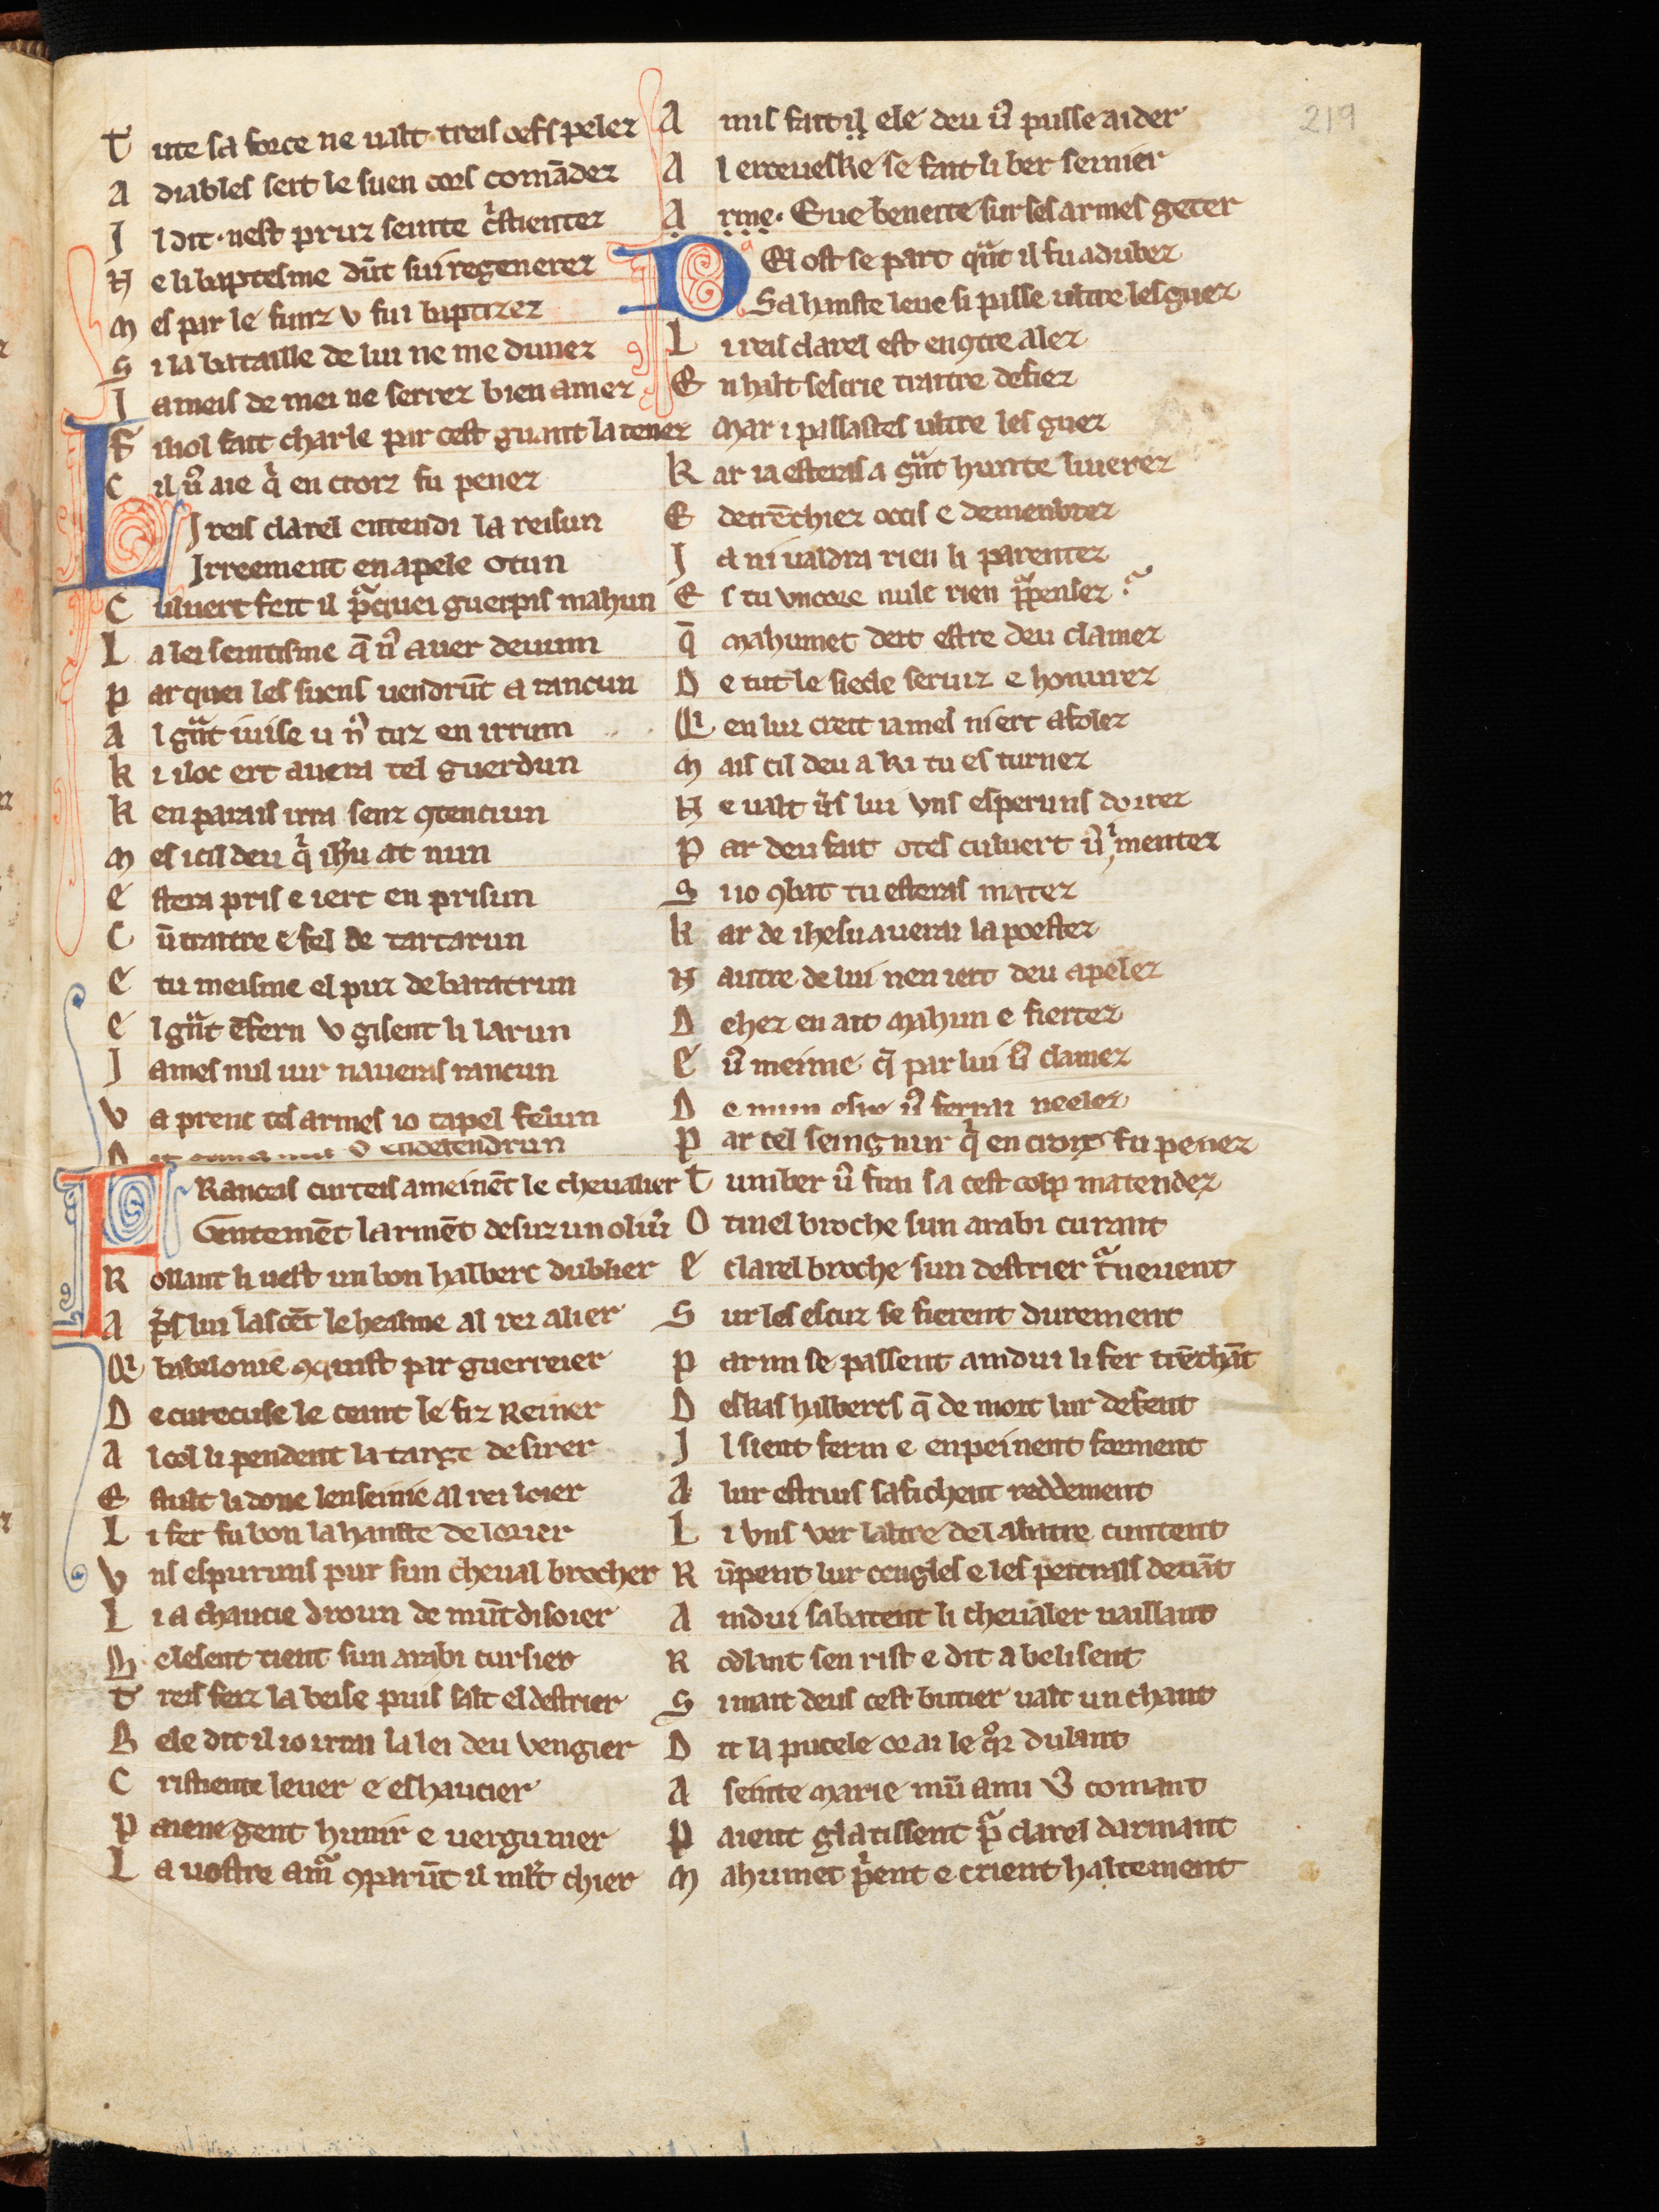
Shelfmark: Cologne, Bodmer, 168
Century: 13